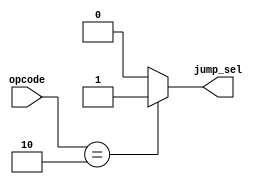
`timescale 1ns / 1ps
//////////////////////////////////////////////////////////////////////////////////
// Company: 
// Engineer: 
// 
// Design Name: 
// Module Name:    jump_decode 
// Project Name: 
// Target Devices: 
// Tool versions: 
// Description: 
//
// Dependencies: 
//
// Revision: 
// Revision 0.01 - File Created
// Additional Comments: 
//
//////////////////////////////////////////////////////////////////////////////////
module jump_decode(
											input [5:0] opcode,
											output reg jump_sel
										);

initial jump_sel = 0;

always@(opcode)
begin
	case (opcode)
	6'b000010: //J
		begin
			jump_sel <= 1;
		end
	default: 
		begin
			jump_sel <= 0;
		end
	endcase
end
/*always @(opcode)
begin
	if (opcode == 6'b000010)
		jump_sel = 1;
	else
		jump_sel = 0;
end*/

endmodule